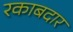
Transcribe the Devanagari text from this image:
रकाबदार